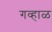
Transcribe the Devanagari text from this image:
गव्हाळ